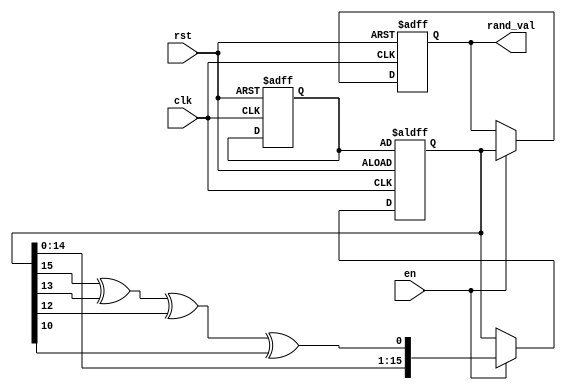
module RandomInitialization (
    input wire clk,
    input wire rst,
    input wire en,
    output reg [15:0] rand_val // 16-bit random value output
);

    // Internal variables
    reg [15:0] seed; // Seed for the random number generator
    reg [15:0] random_state; // Current state of the random number generator

    // LFSR feedback polynomial (x^16 + x^14 + x^13 + x^11 + 1)
    wire feedback = random_state[15] ^ random_state[13] ^ random_state[12] ^ random_state[10];

    always @(posedge clk or posedge rst) begin
        if (rst) begin
            // On reset, initialize rand_val and seed
            rand_val <= 16'h0000; // Define a predefined reset value
            seed <= 16'hACE1; // Initial seed value (can be changed)
            random_state <= seed; // Initialize the random state with the seed
        end else if (en) begin
            // Generate a new random value when enabled
            random_state <= {random_state[14:0], feedback}; // Update the state
            rand_val <= random_state; // Assign the new random value
        end
    end

endmodule